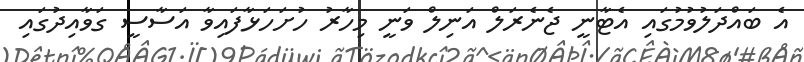
އެ ބައްދަލުވުމުގައި އެޓާނީ ޖެނެރަލް އަނިލް ވަނީ މިހާރު ހުށަހަޅާފައިވާ އަސާސީ ގަވާއިދުގައި